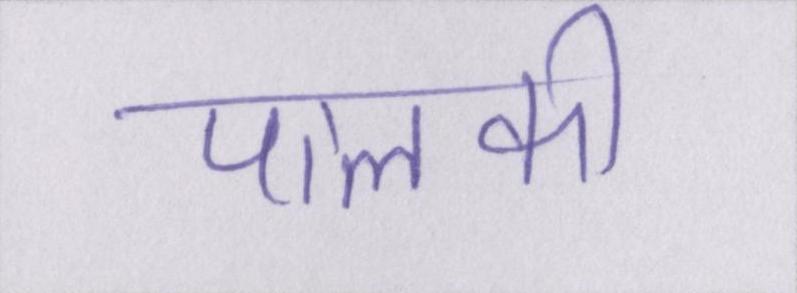
पालकी